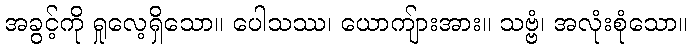
အခွင့်ကို ရှုလေ့ရှိသော။ ပေါသဿ၊ ယောကျ်ားအား။ သဗ္ဗံ၊ အလုံးစုံသော။